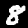
Label: 8